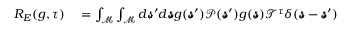
\begin{array} { r l } { R _ { E } ( g , \tau ) } & { { } = \int _ { \mathcal { M } } \int _ { \mathcal { M } } d \pmb { \mathscr { s } } ^ { \prime } d \pmb { \mathscr { s } } g ( \pmb { \mathscr { s } } ^ { \prime } ) \mathscr { P } ( \pmb { \mathscr { s } } ^ { \prime } ) g ( \pmb { \mathscr { s } } ) \mathscr { T } ^ { \tau } \delta ( \pmb { \mathscr { s } } - \pmb { \mathscr { s } } ^ { \prime } ) } \end{array}